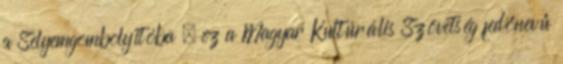
a Selyemgombolyítóba – ez a Magyar Kultúrális Szövetség fe­dő­­ne­vű